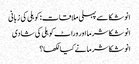
انوشکا سے پہلی ملاقات: کوہلی کی زبانی
انوشکا شرما اور وراٹ کوہلی کی شادی
انوشکا شرما نے کیا لکھا؟